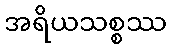
အရိယသစ္စဿ